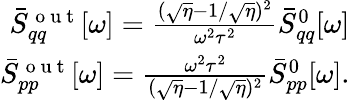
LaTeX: \begin{array}{r}{\bar{S}_{qq}^{\mathrm{~o~u~t~}}[\omega]=\frac{(\sqrt{\eta}-1/\sqrt{\eta})^{2}}{\omega^{2}\tau^{2}}\bar{S}_{qq}^{0}[\omega]}\\ {\bar{S}_{pp}^{\mathrm{~o~u~t~}}[\omega]=\frac{\omega^{2}\tau^{2}}{(\sqrt{\eta}-1/\sqrt{\eta})^{2}}\bar{S}_{pp}^{0}[\omega].}\end{array}